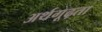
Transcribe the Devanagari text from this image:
अर्थगूढ़ता